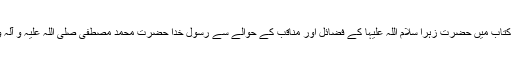
میر سید علی ہمدانی نے اپنی اسی کتاب میں حضرت زہرا سلام اللہ علیہا کے فضائل اور مناقب کے حوالے سے رسول خدا حضرت محمد مصطفی صلی اللہ علیہ و آلہ وسلم کی کئی احادیث نقل کی ہیں ۔